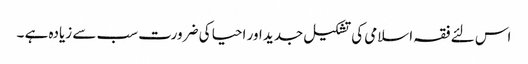
اس لئے فقہ اسلامی کی تشکیل جدید اور احیا کی ضرورت سب سے زیادہ ہے ۔